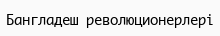
Бангладеш революционерлері